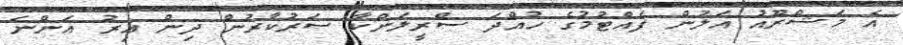
އެ މަޝްރޫއު އަލުން ފެއްޓުމުގެ ހުއްދަ ސްރީލަންކާ ސަރުކާރުން ދިން އިރު އަންނަ